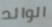
الوالد